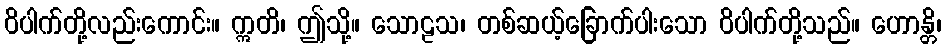
ဝိပါက်တို့လည်းကောင်း။ ဣတိ၊ ဤသို့။ သောဠသ၊ တစ်ဆယ့်ခြောက်ပါးသော ဝိပါက်တို့သည်။ ဟောန္တိ၊